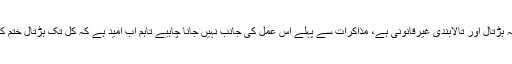
انہوں نے کہا کہ ہڑتال اور تالابندی غیرقانونی ہے، مذاکرات سے پہلے اس عمل کی جانب نہیں جانا چاہیے تاہم اب امید ہے کہ کل تک ہڑتال ختم کردی جائے گی۔